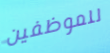
للموظفين